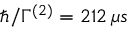
\hbar / \Gamma ^ { ( 2 ) } = 2 1 2 \, \mu s